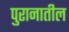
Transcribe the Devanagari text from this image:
पुरानातील